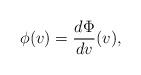
LaTeX: \begin{align*} \phi(v)=\frac{d\Phi}{dv}(v),\end{align*}